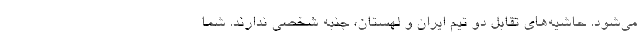
می‌شود. حاشیه‌های تقابل دو تیم ایران و لهستان، جنبه شخصی ندارند. شما